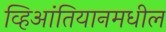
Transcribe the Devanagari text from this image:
व्हिआंतियानमधील